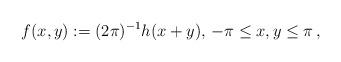
LaTeX: \begin{align*} f(x,y):=(2\pi)^{-1}h(x+y),\,-\pi\le x,y\le\pi\,,\end{align*}